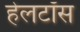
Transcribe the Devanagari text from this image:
हेलटॉस